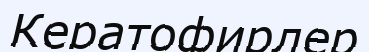
Кератофирлер